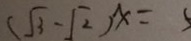
( \sqrt { 3 } - \sqrt { 2 } ) x = 5